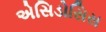
એસિડોસિસ